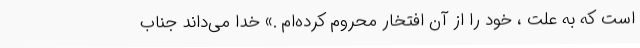
است که به علت ، خود را از آن افتخار محروم کرده‌ام .» خدا می‌داند جناب